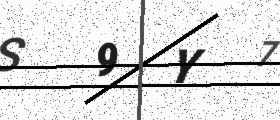
Text: S9Y7